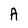
Character: A